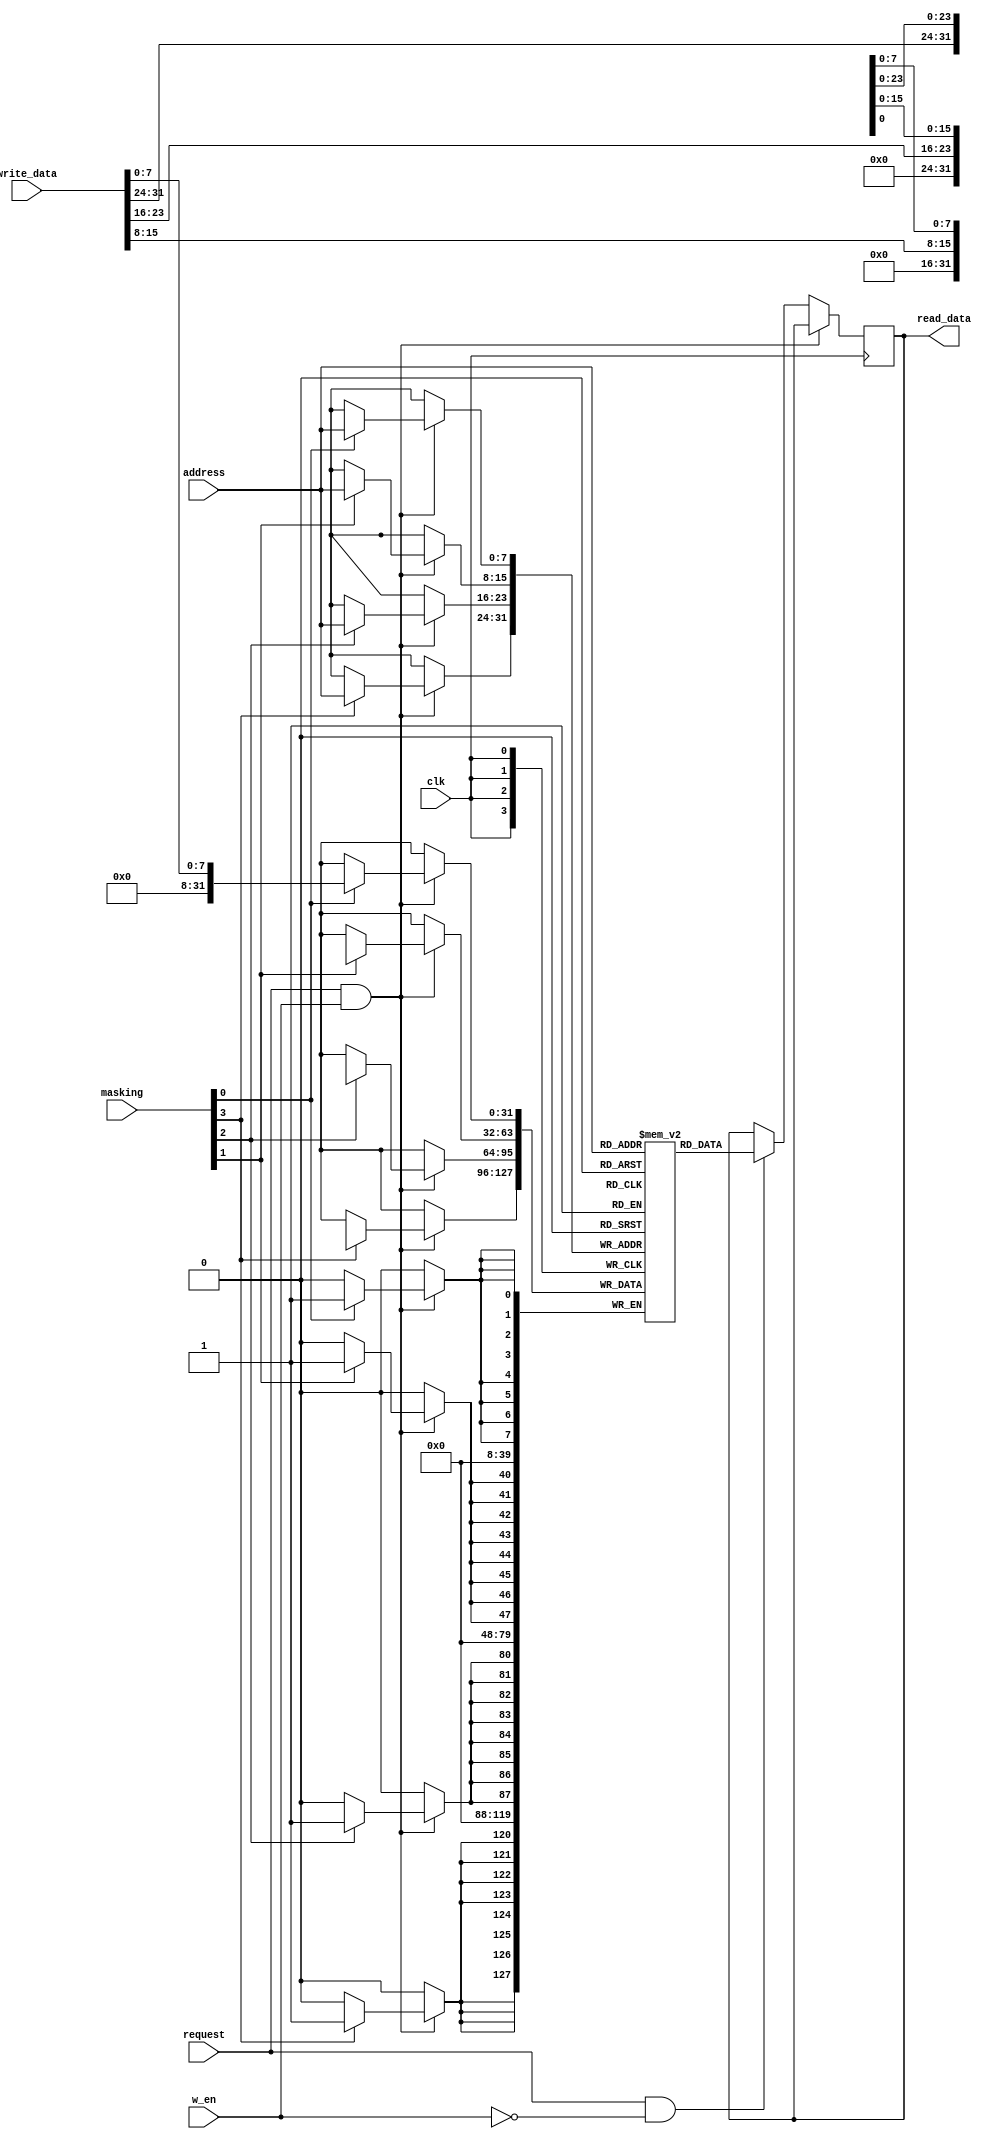
module ram #(
    parameter INIT_MEM = 0
)(
    input wire        clk,
    input wire        w_en,
    input wire        request,
    input wire [7:0]  address,
    input wire [3:0]  masking,
    input wire [31:0] write_data,

    output reg [31:0] read_data
);

    reg [31:0] mem [0:255];

    // always @ (posedge clk) begin
    //     read_data= mem[address];
    // end

    // iMEM
    initial begin
        if (INIT_MEM)
            $readmemh("tb/instr.mem",mem);
    end

    always @ (posedge clk) begin 
        if(request & w_en)begin
            if(masking[0]) begin
                mem[address][7:0] <= write_data[7:0];
            end
            if(masking[1]) begin
                mem[address][15:8] <= write_data[15:8];
            end
            if(masking[2]) begin
                mem[address][23:16] <= write_data[23:16];
            end
            if(masking[3]) begin           
                mem[address][31:24] <= write_data[31:24];
            end
        end
        else if(request & !w_en)begin
            read_data <= mem[address];
        end
    end              
endmodule